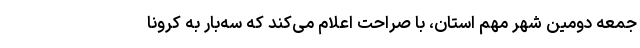
جمعه دومین شهر مهم استان، با صراحت اعلام می‌کند که سه‌بار به کرونا